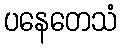
ပနေတေသံ